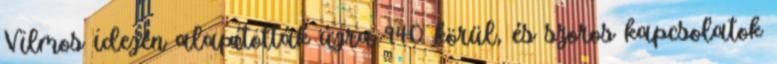
Vilmos idején alapították újra 940 körül, és szoros kapcsolatok